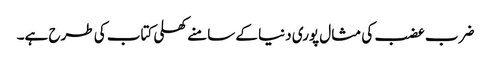
ضرب عضب کی مثال پوری دنیا کے سامنے کھلی کتاب کی طرح ہے۔